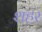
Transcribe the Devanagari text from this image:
शहर